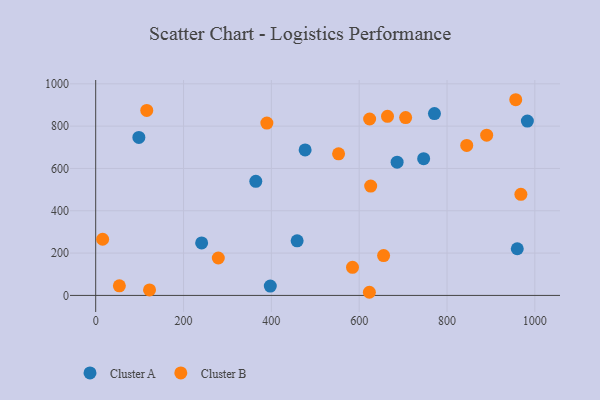
{"axis": {"x": "Investment", "y": "Fuel Efficiency"}, "legend": ["Cluster A", "Cluster B"], "data": [{"x": "686.4", "y": 629.8, "type": "Cluster A"}, {"x": "771.4", "y": 859.5, "type": "Cluster A"}, {"x": "98.3", "y": 746.7, "type": "Cluster A"}, {"x": "458.7", "y": 258.0, "type": "Cluster A"}, {"x": "960.0", "y": 220.5, "type": "Cluster A"}, {"x": "364.6", "y": 539.0, "type": "Cluster A"}, {"x": "397.6", "y": 44.3, "type": "Cluster A"}, {"x": "746.8", "y": 646.0, "type": "Cluster A"}, {"x": "476.9", "y": 687.4, "type": "Cluster A"}, {"x": "983.0", "y": 823.7, "type": "Cluster A"}, {"x": "241.3", "y": 248.1, "type": "Cluster A"}, {"x": "584.8", "y": 132.6, "type": "Cluster B"}, {"x": "968.2", "y": 477.6, "type": "Cluster B"}, {"x": "664.5", "y": 846.2, "type": "Cluster B"}, {"x": "15.8", "y": 265.5, "type": "Cluster B"}, {"x": "53.9", "y": 45.4, "type": "Cluster B"}, {"x": "389.8", "y": 814.3, "type": "Cluster B"}, {"x": "844.9", "y": 709.0, "type": "Cluster B"}, {"x": "655.6", "y": 188.2, "type": "Cluster B"}, {"x": "623.2", "y": 14.8, "type": "Cluster B"}, {"x": "122.6", "y": 25.9, "type": "Cluster B"}, {"x": "956.5", "y": 924.8, "type": "Cluster B"}, {"x": "705.8", "y": 840.6, "type": "Cluster B"}, {"x": "626.2", "y": 516.7, "type": "Cluster B"}, {"x": "279.2", "y": 176.9, "type": "Cluster B"}, {"x": "553.1", "y": 669.3, "type": "Cluster B"}, {"x": "890.3", "y": 757.3, "type": "Cluster B"}, {"x": "623.8", "y": 833.7, "type": "Cluster B"}, {"x": "116.3", "y": 874.2, "type": "Cluster B"}]}